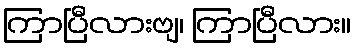
ကြာပြီလားဗျ၊ ကြာပြီလား။